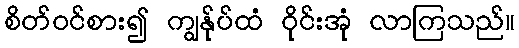
စိတ်ဝင်စား၍ ကျွန်ုပ်ထံ ဝိုင်းအုံ လာကြသည်။